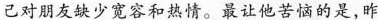
己对朋友缺少宽容和热情。最让他苦恼的是，昨